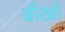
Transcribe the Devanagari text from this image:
वीखो